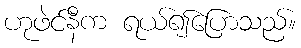
ဟုဖဲင်နီက ရယ်၍ပြောသည်။